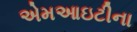
એમઆઇટીના